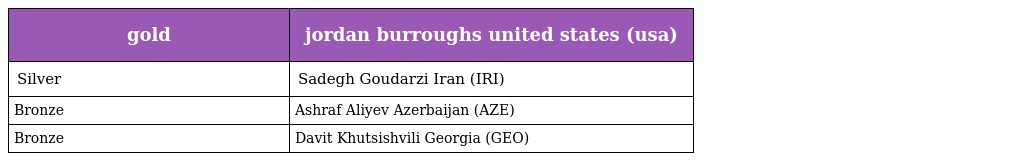
| gold | jordan burroughs united states (usa) |
 | --- | --- |
 | Silver | Sadegh Goudarzi Iran (IRI) |
 | Bronze | Ashraf Aliyev Azerbaijan (AZE) |
 | Bronze | Davit Khutsishvili Georgia (GEO) |